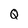
Character: Q